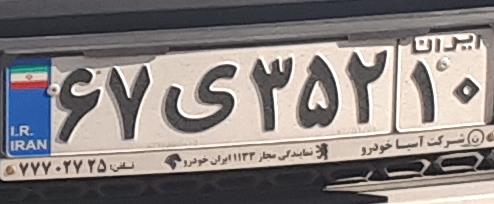
۶۷ی۳۵۲۱۰